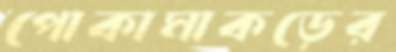
পোকামাকড়ের